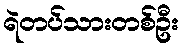
ရဲတပ်သားတစ်ဦး